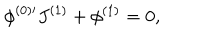
LaTeX: \phi ^ { ( 0 ) \prime } J ^ { ( 1 ) } + \phi ^ { ( 1 ) } = 0 , \,